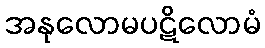
အနုလောမပဋိလောမံ